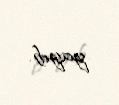
yayıb.